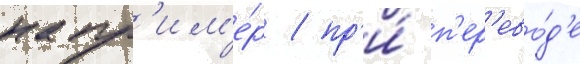
напр'им'е́р / пр'и́ п'ер'ево́д'е